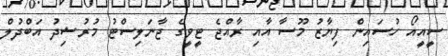
ސީއީއޯ ހުސައިން ފިޔާޒު މޫސާ އާއި ރާއްޖެ ޓީވީގެ ޖާނަލިސްޓު މުރުޝިދު އަބްދުލް